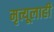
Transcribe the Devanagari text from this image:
मृत्यूलाही